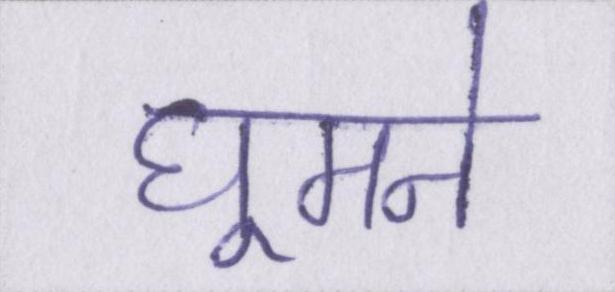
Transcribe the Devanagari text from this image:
घूमने